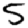
Digit: 5